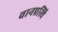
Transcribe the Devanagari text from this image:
वानप्रस्थि